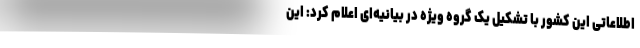
اطلاعاتی این کشور با تشکیل یک گروه ویژه در بیانیه‌ای اعلام کرد: این